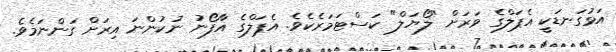
އަޅުގަނޑަކީ އެޕަލްގެ ވަރަށް "ލޯޔަލް" ކަސްޓަމަރެކެވެ. އެޕަލްގެ އާފޯނު ނުކުންނަ އިރަށް ގަންނަމެވެ.